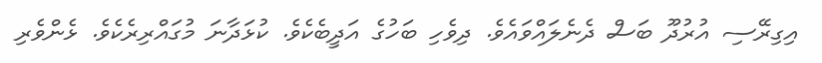
އިގިރޭސި އުރުދޫ ބަސް ދެނެލައްވައެވެ. ދިވެހި ބަހުގެ އަދީބެކެވެ. ކުޅަދާނަ މުގައްރިރެކެވެ. ޅެންވެރި